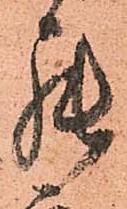
罷